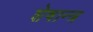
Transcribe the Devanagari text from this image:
शेषान्त्र